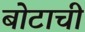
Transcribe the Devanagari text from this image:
बोटाची